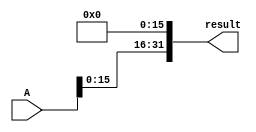
module lui(output reg[31:0] result, input [31:0] A);

always @ (A) begin
//Guarda el input en los bits mas significativo del output.
result[31:16] = A;
//Hace clear a los bits menos significativos del output.
result[15:0] = 0;

end

endmodule